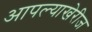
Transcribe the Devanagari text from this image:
आपल्याखेरीज